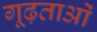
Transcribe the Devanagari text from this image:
गूढ़ताओं